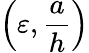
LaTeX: \left(\varepsilon,\frac{a}{h}\right)